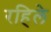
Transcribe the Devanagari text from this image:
रहिले